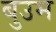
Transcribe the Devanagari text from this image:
बुउम